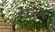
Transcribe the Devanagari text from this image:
फसरा